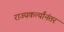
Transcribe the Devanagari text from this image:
राज्यकर्त्यांनंतर